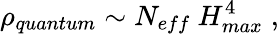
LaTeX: \rho_{quantum}\sim N_{eff}~H_{max}^{4}\; ,